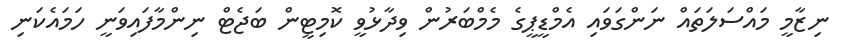
ނިޒާމީ މައްސަލަތައް ނަންގަވައި އެމްޑީޕީގެ މެމްބަރުން ވިދާޅުވީ ކޮމިޓީން ބަޖެޓް ނިންމާފައިވަނީ ހަމައެކަނި